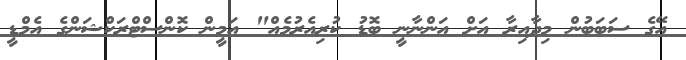
އޭގެ ސަބަބުން މިދާއިރާ އަށް އަންނާނީ ބޮޑު ކުރިއެރުމެއް" އަމީން ކޮންސްޓްރަކްޝަންގެ އެމްޑީ